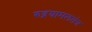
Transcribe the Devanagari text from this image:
रुद्रयामलतंत्र